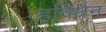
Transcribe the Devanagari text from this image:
हविर्धन